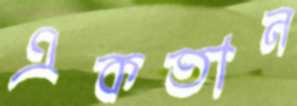
একতান